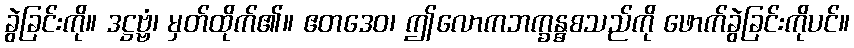
ခွဲခြင်းကို။ ဒဋ္ဌဗ္ဗံ၊ မှတ်ထိုက်၏။ ဧတဒေဝ၊ ဤလောကဘက္ခန္ဓစသည်ကို ဖောက်ခွဲခြင်းကိုပင်။